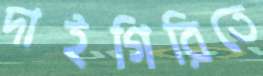
দাইগিরিতে